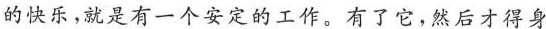
的快乐，就是有一个安定的工作，有了它，然后才得身